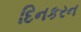
દિનકરન